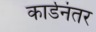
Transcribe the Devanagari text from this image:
कार्डनंतर